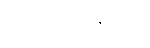
လေ့ကျင့်ခန်းများ